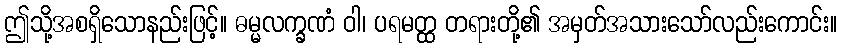
ဤသို့အစရှိသောနည်းဖြင့်။ ဓမ္မလက္ခဏံ ဝါ၊ ပရမတ္ထ တရားတို့၏ အမှတ်အသားသော်လည်းကောင်း။